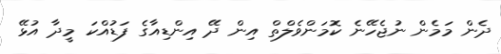
ދެން މަމެން ނުޖެހޭނެ ކޮމަންވެލްތް އިން ދޭ އިންޑިއާގެ ފަޑުއްކަ މީދާ އުޅޭ